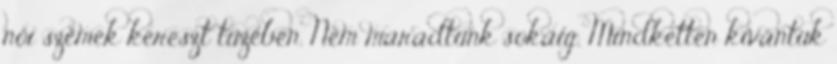
női szemek kereszt tüzében. Nem maradtunk sokáig. Mindketten kívántuk